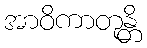
အာဝိကာတုန္တိ